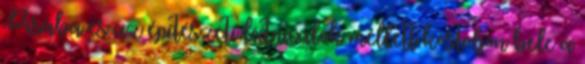
Pisába és az építészeti látnivalók mellett kóstoljon bele a